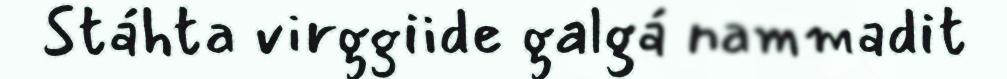
Stáhta virggiide galgá nammadit